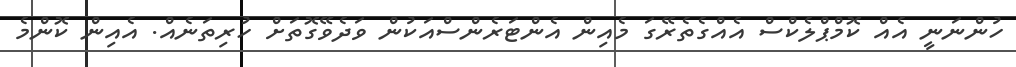
ހުންނަނީ އެއް ކޮމްޕްލެކްސް އެއްގެތެރޭގަ މެއިން އެންޓަރެންސްއަކުން ވަދެވޭގޮތަށް ހުރިތަނެއް. އެއިން ކޮންމެ